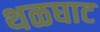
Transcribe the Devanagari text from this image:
थळघाट